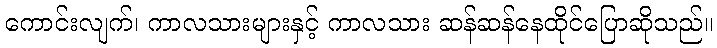
ကောင်းလျက်၊ ကာလသားများနှင့် ကာလသား ဆန်ဆန်နေထိုင်ပြောဆိုသည်။